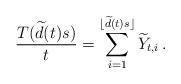
LaTeX: \begin{align*}\frac{T(\widetilde{d}(t)s)}{t}=\sum_{i=1}^{\lfloor \widetilde{d}(t)s\rfloor}\widetilde{Y}_{t,i}\,.\end{align*}